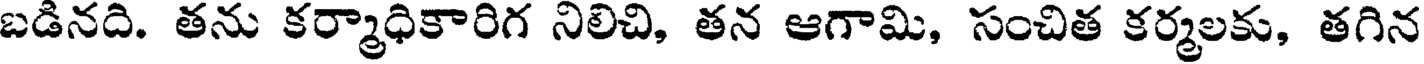
బడినది. తను కర్మాధికారిగ నిలిచి, తన ఆగామి, సంచిత కర్మలకు, తగిన